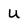
Character: U